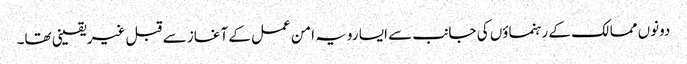
دونوں ممالک کے رہنماؤں کی جانب سے ایسا رویہ امن عمل کے آغاز سے قبل غیریقینی تھا۔